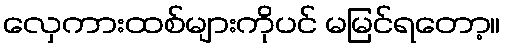
လှေကားထစ်များကိုပင် မမြင်ရတော့။